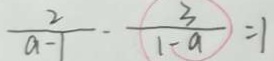
\frac { 2 } { a - 1 } - \frac { 3 } { 1 - a } = 1